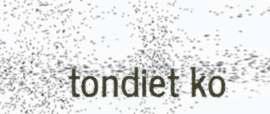
tondiet ko